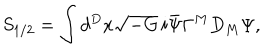
LaTeX: S _ { 1 / 2 } = \int d ^ { D } x \sqrt { - G } \, i \bar { \Psi } \Gamma ^ { M } D _ { M } \Psi ,